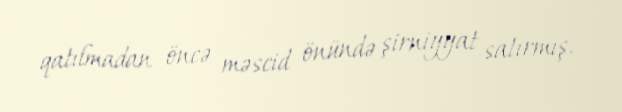
qatılmadan öncə məscid önündə şirniyyat satırmış.